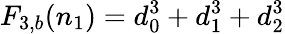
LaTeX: F_{3,b}(n_{1})=d_{0}^{3}+d_{1}^{3}+d_{2}^{3}